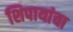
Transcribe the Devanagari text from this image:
शिपायांचा